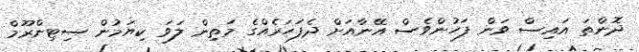
ދޮންތަ އައިސް ވަން ފަހުންވެސް އޭނާއަށް ދެފަހަރެއްގެ މަތިން ލަވަ ކިޔަމުން ސިޓިންރޫމް